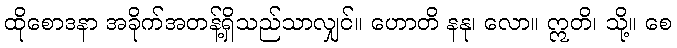
ထိုစောဒနာ အခိုက်အတန့်ရှိသည်သာလျှင်။ ဟောတိ နနု၊ လော။ ဣတိ၊ သို့။ စေ